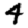
Digit: 4